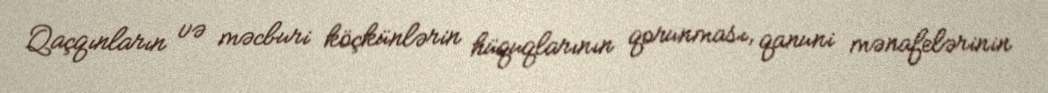
Qaçqınların və məcburi köçkünlərin hüquqlarının qorunması, qanuni mənafelərinin